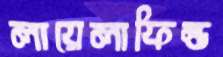
লায়েলাফিল্ড